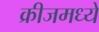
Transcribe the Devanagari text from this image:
क्रीजमध्ये